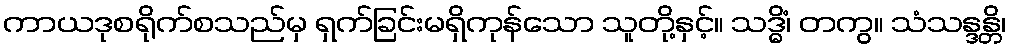
ကာယဒုစရိုက်စသည်မှ ရှက်ခြင်းမရှိကုန်သော သူတို့နှင့်။ သဒ္ဓိံ၊ တကွ။ သံသန္ဒန္တိ၊